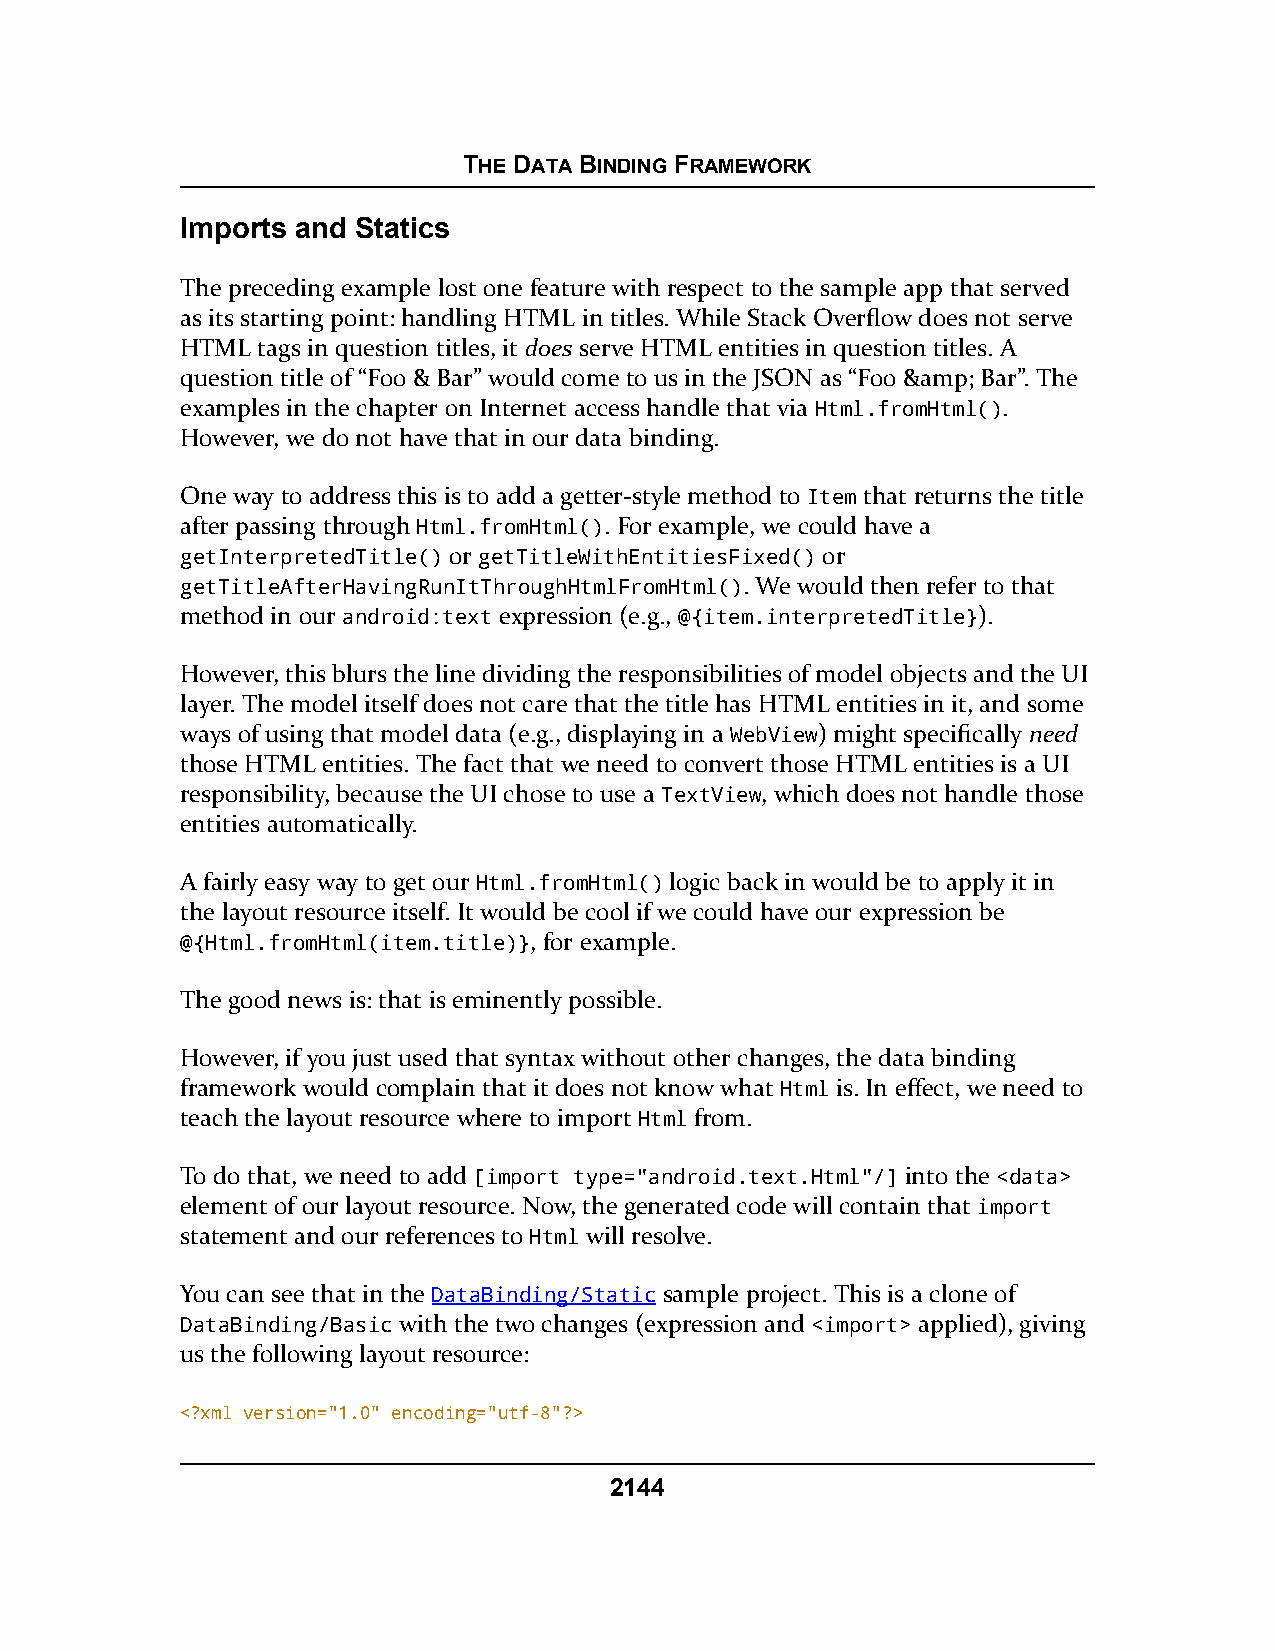
THE DATA BINDING FRAMEWORK
 Imports and Statics
 The preceding example lost one feature with respect to the sample app that served
 as its starting point: handling HTML in titles. While Stack Overflow does not serve
 HTML tags in question titles, it does serve HTML entities in question titles. A
 question title of “Foo & Bar” would come to us in the JSON as “Foo &amp; Bar”. The
 examples in the chapter on Internet access handle that via Html.fromHtml().
 However, we do not have that in our data binding.
 One way to address this is to add a getter-style method to Item that returns the title
 after passing through Html.fromHtml(). For example, we could have a
 getInterpretedTitle() or getTitleWithEntitiesFixed() or
 getTitleAfterHavingRunItThroughHtmlFromHtml(). We would then refer to that
 method in our android:text expression (e.g., @{item.interpretedTitle}).
 However, this blurs the line dividing the responsibilities of model objects and the UI
 layer. The model itself does not care that the title has HTML entities in it, and some
 ways of using that model data (e.g., displaying in a WebView) might specifically need
 those HTML entities. The fact that we need to convert those HTML entities is a UI
 responsibility, because the UI chose to use a TextView, which does not handle those
 entities automatically.
 A fairly easy way to get our Html.fromHtml() logic back in would be to apply it in
 the layout resource itself. It would be cool if we could have our expression be
 @{Html.fromHtml(item.title)}, for example.
 The good news is: that is eminently possible.
 However, if you just used that syntax without other changes, the data binding
 framework would complain that it does not know what Html is. In effect, we need to
 teach the layout resource where to import Html from.
 To do that, we need to add [import type="android.text.Html"/] into the <data>
 element of our layout resource. Now, the generated code will contain that import
 statement and our references to Html will resolve.
 You can see that in the DataBinding/Static sample project. This is a clone of
 DataBinding/Basic with the two changes (expression and <import> applied), giving
 us the following layout resource:
 <?xml version="1.0" encoding="utf-8"?>
 2144